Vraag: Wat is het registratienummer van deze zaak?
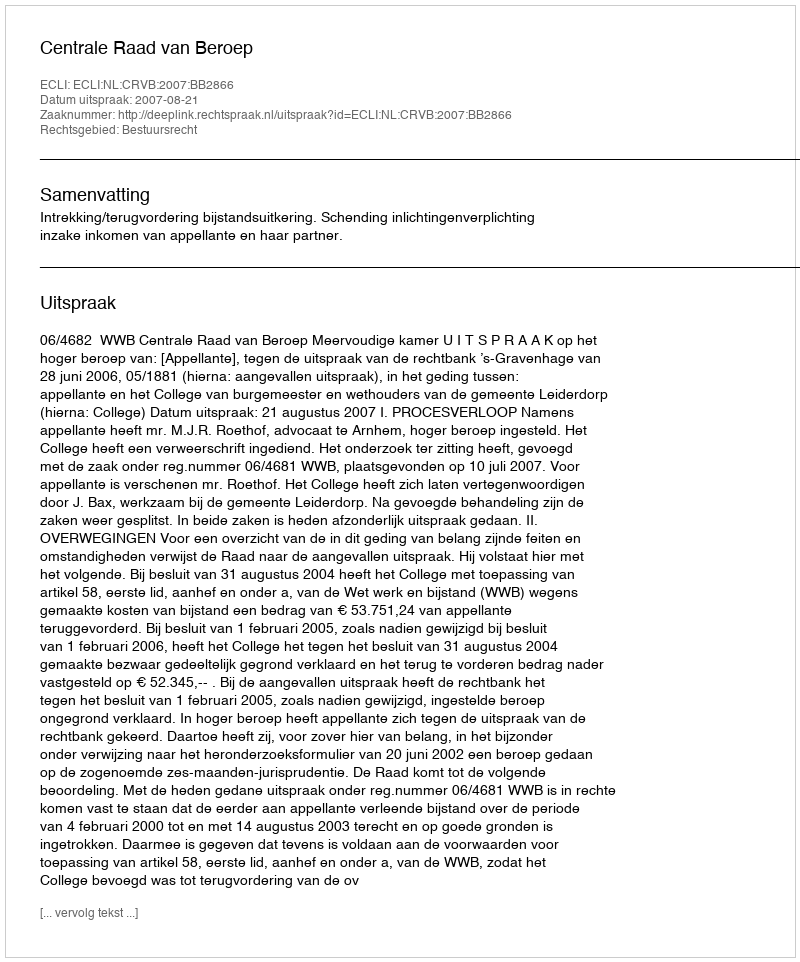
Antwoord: http://deeplink.rechtspraak.nl/uitspraak?id=ECLI:NL:CRVB:2007:BB2866